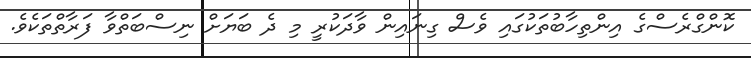
ކޮންގްރެސްގެ އިންތިހާބުތަކުގައި ވެސް ގިނައިން ވާދަކުރީ މި ދެ ބަޔަށް ނިސްބަތްވާ ފަރާތްތަކެވެ.